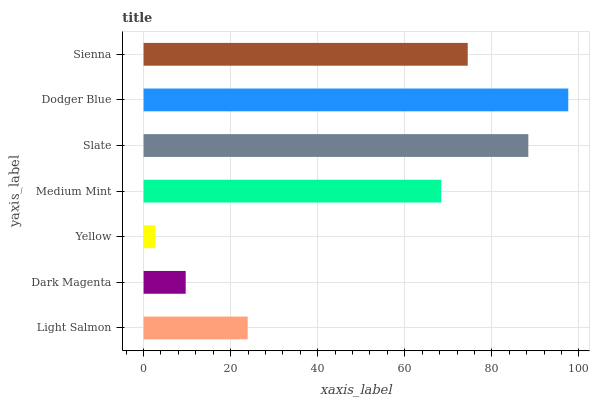
| yaxis_label | bars |
 | --- | --- |
 | Light Salmon | 23.9 |
 | Dark Magenta | 9.67 |
 | Yellow | 2.74 |
 | Medium Mint | 68.4 |
 | Slate | 88.4 |
 | Dodger Blue | 97.5 |
 | Sienna | 74.5 |